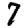
Digit: 7